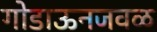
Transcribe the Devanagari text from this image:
गोडाऊनजवळ